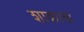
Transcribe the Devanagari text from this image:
शाकाचा